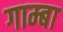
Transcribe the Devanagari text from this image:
गाम्बा